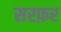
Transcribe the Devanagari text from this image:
सरफ़र